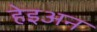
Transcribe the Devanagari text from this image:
हेइअन